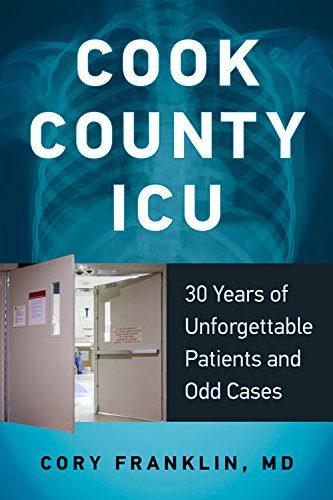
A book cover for Cook County ICU: 30 Years of Unforgettable Patients and Odd Cases; Cory Franklin  MD; Cookbooks, Food & Wine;